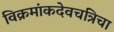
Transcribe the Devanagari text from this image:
विक्रमांकदेवचत्रिचा